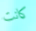
كانت